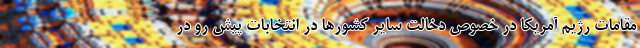
مقامات رژیم آمریکا در خصوص دخالت سایر کشورها در انتخابات پیش رو در